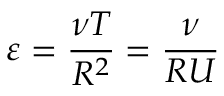
\varepsilon = \frac { \nu T } { R ^ { 2 } } = \frac { \nu } { R U }